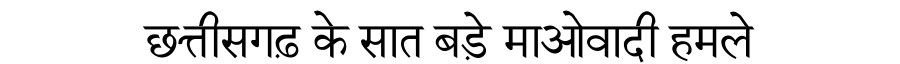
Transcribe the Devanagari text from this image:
छत्तीसगढ़ के सात बड़े माओवादी हमले